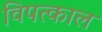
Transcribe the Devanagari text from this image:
विपत्काल